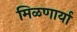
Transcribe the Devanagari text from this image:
मिळणार्या